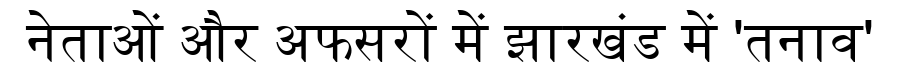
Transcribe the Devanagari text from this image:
नेताओं और अफसरों में झारखंड में 'तनाव'